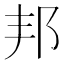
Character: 邦